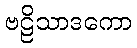
ဗဠိသာဒကော